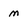
Character: m